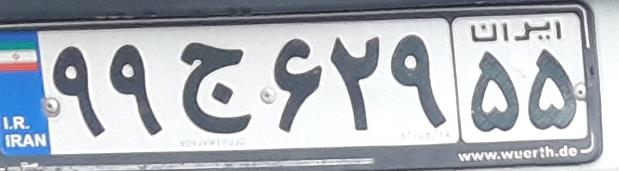
۹۹ج۶۲۹۵۵